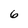
Character: 6